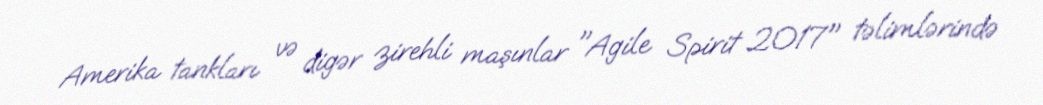
Amerika tankları və digər zirehli maşınlar "Agile Spirit 2017" təlimlərində